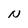
Character: N